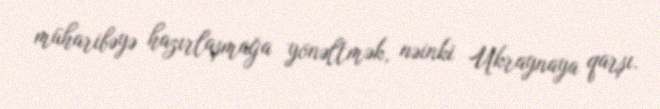
müharibəyə hazırlaşmağa yönəltmək, nəinki Ukraynaya qarşı.